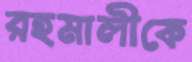
রহমালীকে